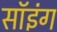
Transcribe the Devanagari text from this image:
सॉइंग